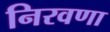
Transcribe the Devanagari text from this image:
निरवणा